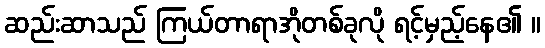
ဆည်းဆာသည် ကြယ်တာရာအိုတစ်ခုလို ရင့်မှည့်နေ၏ ။